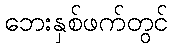
ဘေးနှစ်ဖက်တွင်